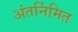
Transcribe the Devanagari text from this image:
अंतर्निमित